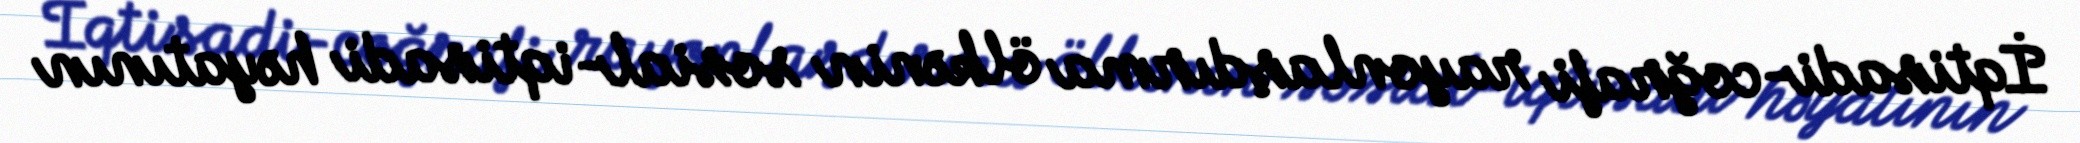
İqtisadi-coğrafi rayonlaşdırma ölkənin sosial-iqtisadi həyatının